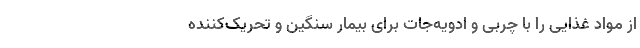
از مواد غذایی را با چربی و ادویه‌جات برای بیمار سنگین و تحریک‌کننده